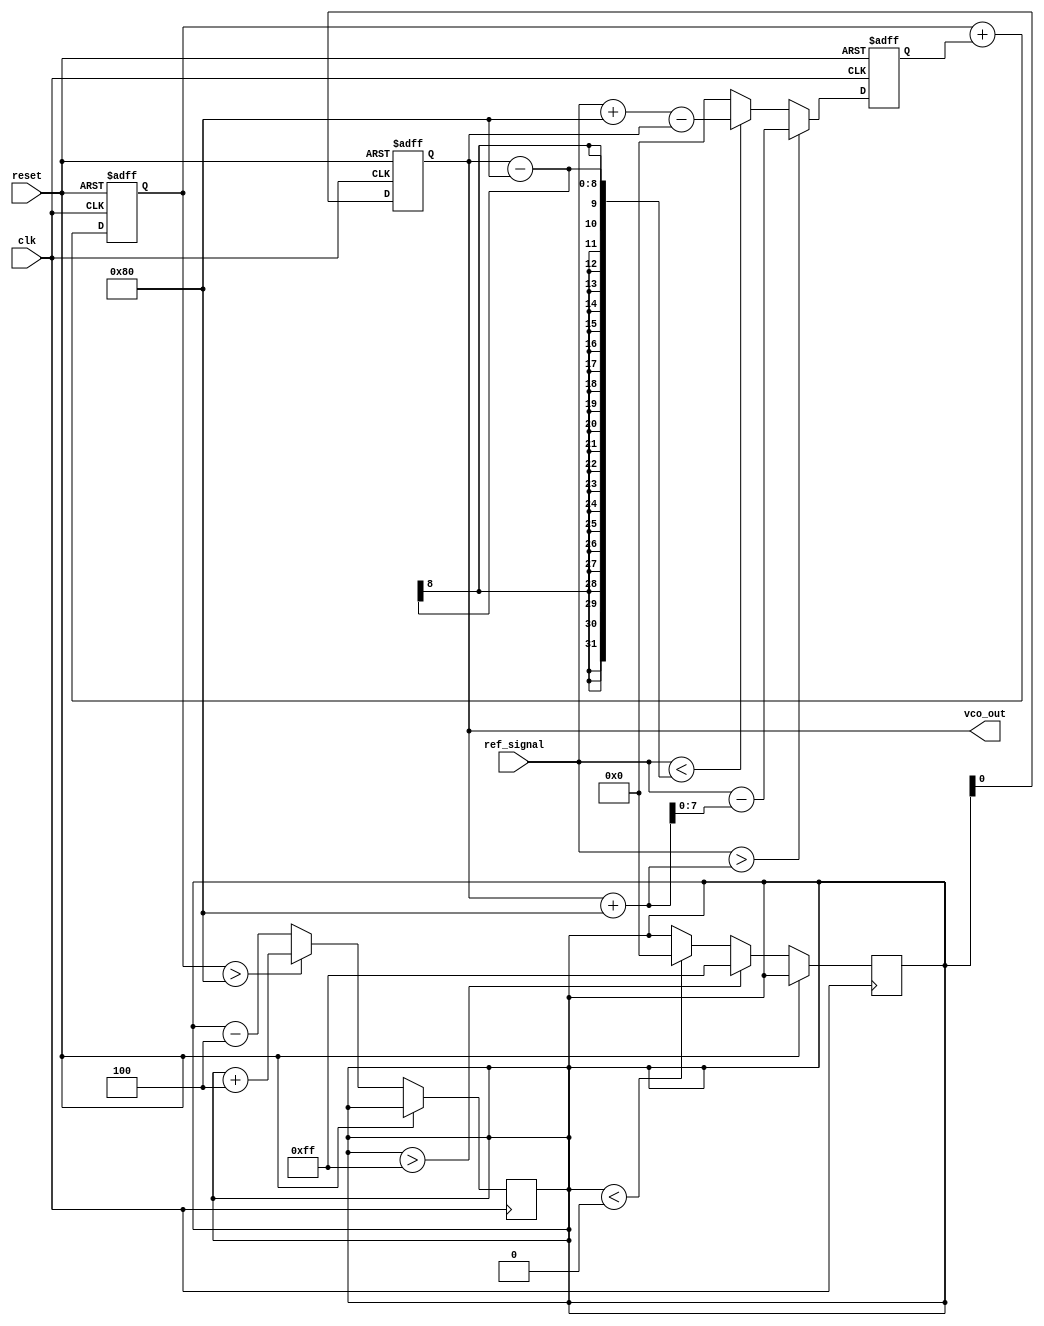
module sigma_delta_pll (
    input wire clk,             // Input clock
    input wire reset,           // Reset signal
    input wire [7:0] ref_signal,// Reference signal (for simplicity, assumed as 8-bit)
    output reg vco_out          // VCO output signal
);

// Parameters
parameter VCO_MAX = 255;      // Max value for VCO control
parameter VCO_MIN = 0;        // Min value for VCO control
parameter THRESHOLD = 128;    // Threshold for the phase detector
parameter BIT_WIDTH = 8;      // Bit width of the PWM output
parameter MODULATOR_ORDER = 2; // Order of the Sigma-Delta Modulator

// Signals
reg [BIT_WIDTH-1:0] phase_error; // Output from phase detector
reg [BIT_WIDTH-1:0] loop_filter_out; // Output from the loop filter
reg [BIT_WIDTH-1:0] vco_control; // Control signal for VCO
reg [BIT_WIDTH-1:0] sigma_delta_out; // Output of the sigma-delta modulator

// VCO definition (simple linear relationship)
always @(posedge clk or posedge reset) begin
    if (reset) begin
        vco_out <= 0;
    end else begin
        if (vco_control > VCO_MAX) vco_control <= VCO_MAX;
        else if (vco_control < VCO_MIN) vco_control <= VCO_MIN;
        vco_out <= vco_control; // For output purposes (could be frequency generation)
    end
end

// Phase Detector (PD)
always @(posedge clk or posedge reset) begin
    if (reset) begin
        phase_error <= 0;
    end else begin
        // Compare ref_signal with feedback from VCO (simple implementation)
        if (ref_signal > vco_out + THRESHOLD) begin
            phase_error <= ref_signal - (vco_out + THRESHOLD);
        end else if (ref_signal < vco_out - THRESHOLD) begin
            phase_error <= ref_signal + THRESHOLD - vco_out;
        end else begin
            phase_error <= 0; // Locked case
        end
    end
end

// Loop Filter (simple integrator)
always @(posedge clk or posedge reset) begin
    if (reset) begin
        loop_filter_out <= 0;
    end else begin
        loop_filter_out <= loop_filter_out + phase_error; // Integrate phase error
    end
end

// Sigma-Delta Modulator
always @(posedge clk or posedge reset) begin
    if (reset) begin
        sigma_delta_out <= 0;
    end else begin
        // Simple 1-bit quantizer
        if (loop_filter_out > (1 << (BIT_WIDTH - 1))) begin
            sigma_delta_out <= 1; // Output high
            vco_control <= vco_control + (1 << MODULATOR_ORDER); // Increment control
        end else begin
            sigma_delta_out <= 0; // Output low
            vco_control <= vco_control - (1 << MODULATOR_ORDER); // Decrement control
        end
    end
end

endmodule